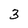
Character: 3